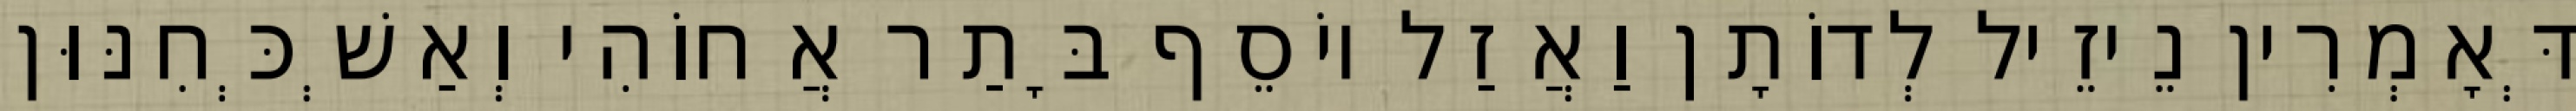
דְּאָמְרִין נֵיזֵיל לְדוֹתָן וַאֲזַל יוֹסֵף בָּתַר אֲחוֹהִי וְאַשְׁכְּחִנּוּן